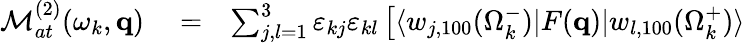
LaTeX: \begin{array}{rlr}{{\cal M}_{at}^{(2)}(\omega_{k},\mathbf{q})}&{{}=}&{\sum_{j,l=1}^{3}\varepsilon_{kj}\varepsilon_{kl}\left[\langle w_{j,100}(\Omega_{k}^{-})|F(\mathbf{q})|{w}_{l,100}(\Omega_{k}^{+})\rangle\right.}\end{array}